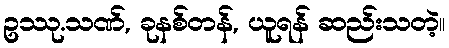
ဥဿု.သဏ်, ခုနစ်တန်, ယူရန် ဆည်းသတဲ့။